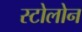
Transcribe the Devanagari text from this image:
स्टोलोन